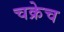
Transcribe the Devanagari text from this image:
चक्रेच